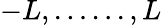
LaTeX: -L,\dots...,L